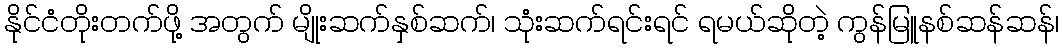
နိုင်ငံတိုးတက်ဖို့ အတွက် မျိုးဆက်နှစ်ဆက်၊ သုံးဆက်ရင်းရင် ရမယ်ဆိုတဲ့ ကွန်မြူနစ်ဆန်ဆန်၊